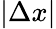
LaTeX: |\Delta x|